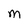
Character: m